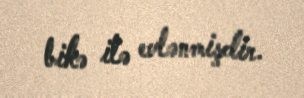
bikə ilə evlənmişdir.